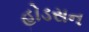
હોડસન